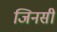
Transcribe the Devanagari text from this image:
जिनसी